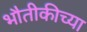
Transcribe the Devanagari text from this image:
भौतीकीच्या